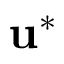
\mathbf { u } ^ { * }